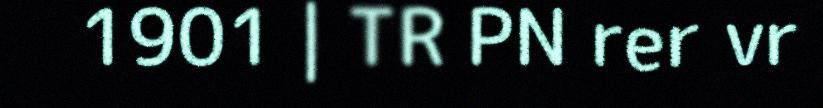
1901 | TR PN rer vr